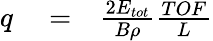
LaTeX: \begin{array}{rlr}{q}&{{}=}&{\frac{2E_{tot}}{B\rho}\frac{TOF}{L}}\end{array}